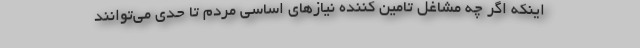
اینکه اگر چه مشاغل تامین کننده نیازهای اساسی مردم تا حدی می‌توانند